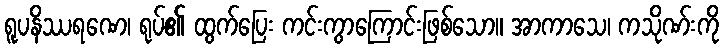
ရူပနိဿရဏေ၊ ရုပ်၏ ထွက်ပြေး ကင်းကွာကြောင်းဖြစ်သော။ အာကာသေ၊ ကသိုဏ်းကို